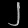
Digit: ၂